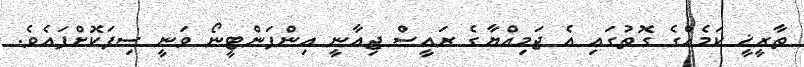
ތާރީޚީ ކަމެއްގެ ގޮތުގައި އެ ޖަމިއްޔާގެ ރައީސް ޖިއާނީ އިންފަންޓީނޯ ވަނީ ސިފަކޮށްފައެވެ.